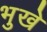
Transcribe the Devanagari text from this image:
भुखे